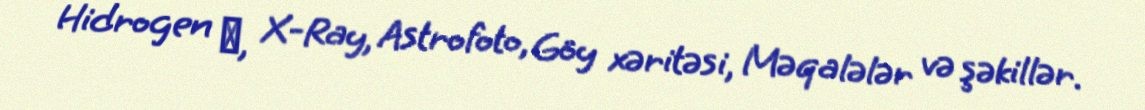
Hidrogen α, X-Ray, Astrofoto, Göy xəritəsi, Məqalələr və şəkillər.